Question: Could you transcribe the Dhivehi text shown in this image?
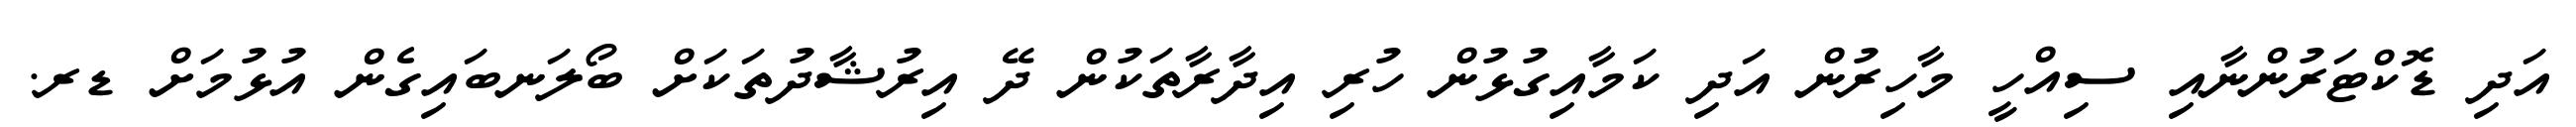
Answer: އަދި ޑޮކްޓަރުންނާއި ސިއްހީ މާހިރުން އަދި ކަމާއިގުޅުން ހުރި އިދާރާތަކުން ދޭ އިރުޝާދުތަކަށް ބޯލަނބައިގެން އުޅުމަށް ޑރ.